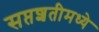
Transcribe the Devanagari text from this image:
सप्तशतीमध्ये